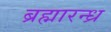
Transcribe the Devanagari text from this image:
ब्रह्मारन्ध्र